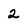
Character: 2